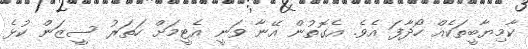
ކާމިޔާބީތަކެއް ހޯދާފަ އެވެ. އެގޮތުން އޭނާ ވަނީ އެޓީމަށް ހަތަރު ސީޒަން ކުޅެ